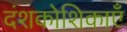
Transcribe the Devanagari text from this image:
दंशकोशिकाएँ